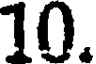
10.